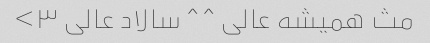
مث همیشه عالی ^ ^ سالاد عالی ۳>